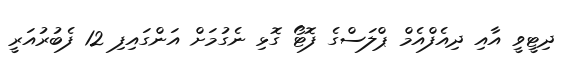
ދިޓީވީ އާއި ދިއެފްއެމް ޕްލަސްގެ ފޮޓޯ ގޮޅި ނެގުމަށް އަންގައިފި 12 ފެބުރުއަރީ